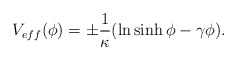
\begin{align*}V_{eff}(\phi)=\pm\frac{1}{\kappa}(\ln\sinh\phi-\gamma\phi).\end{align*}